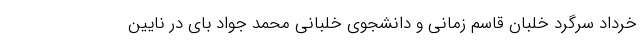
خرداد سرگرد خلبان قاسم زمانی و دانشجوی خلبانی محمد جواد بای در نایین